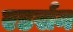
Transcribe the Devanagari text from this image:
एडर्सन